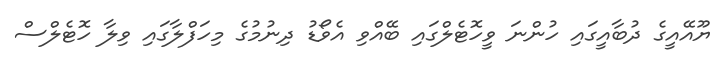
ޔޫއޭއީގެ ދުބާއީގައި ހުންނަ ވީހޮޓެލްގައި ބޭއްވި އެވޯޑު ދިނުމުގެ މިހަފްލާގައި ވިލާ ހޮޓެލްސް